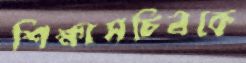
শিক্ষাসচিবকে